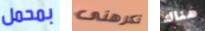
بمحمل تكرهنى هناك